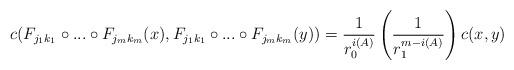
LaTeX: \begin{align*}c(F_{j_1k_1}\circ ... \circ F_{j_mk_m}(x), F_{j_1k_1}\circ ... \circ F_{j_mk_m}(y)) = \frac{1}{r_0^{i(A)}}\left(\frac{1}{r_1^{m-i(A)}}\right)c(x, y)\end{align*}